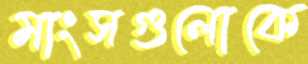
মাংসগুলোকে